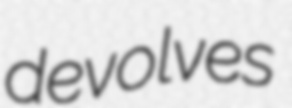
devolves